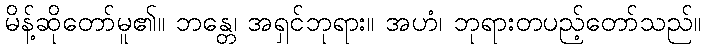
မိန့်ဆိုတော်မူ၏။ ဘန္တေ၊ အရှင်ဘုရား။ အဟံ၊ ဘုရားတပည့်တော်သည်။